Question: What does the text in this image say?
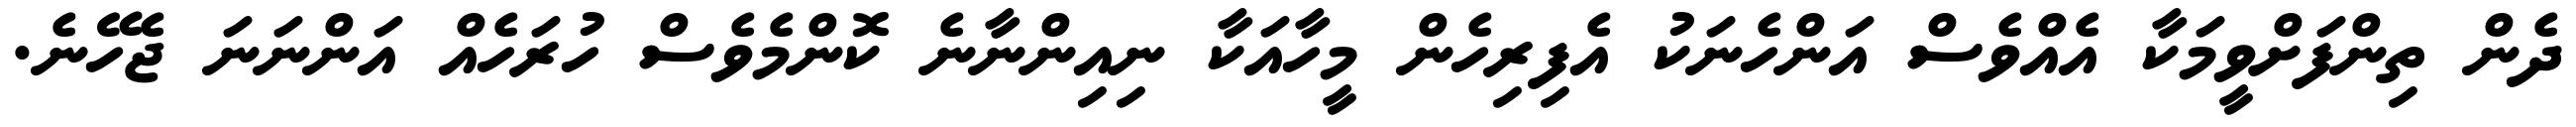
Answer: ދެން ތިންފަށްވީމަކާ އެއްވެސް އަންހެނަކު އެފިރިހެން މީހާއަކާ ނިއިންނާނެ ކޮންމެވެސް ހުރަހެއް އަންނަނަ ޖެހޭނެ.